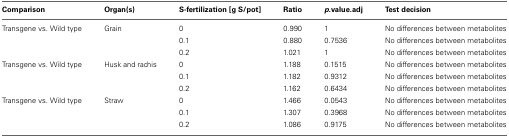
<table><thead><tr><td><b>Comparison</b></td><td><b>Organ(s)</b></td><td><b>S-fertilization [g S/pot]</b></td><td><b>Ratio</b></td><td><b><i>p</i>.value.adj</b></td><td><b>Test decision</b></td></tr></thead><tbody><tr><td>Transgene vs. Wild type</td><td>Grain</td><td>0</td><td>0.990</td><td>1</td><td>No differences between metabolites</td></tr><tr><td>[EMPTY_CELL]</td><td>[EMPTY_CELL]</td><td>0.1</td><td>0.880</td><td>0.7536</td><td>No differences between metabolites</td></tr><tr><td>[EMPTY_CELL]</td><td>[EMPTY_CELL]</td><td>0.2</td><td>1.021</td><td>1</td><td>No differences between metabolites</td></tr><tr><td>Transgene vs. Wild type</td><td>Husk and rachis</td><td>0</td><td>1.188</td><td>0.1515</td><td>No differences between metabolites</td></tr><tr><td>[EMPTY_CELL]</td><td>[EMPTY_CELL]</td><td>0.1</td><td>1.182</td><td>0.9312</td><td>No differences between metabolites</td></tr><tr><td>[EMPTY_CELL]</td><td>[EMPTY_CELL]</td><td>0.2</td><td>1.162</td><td>0.6434</td><td>No differences between metabolites</td></tr><tr><td>Transgene vs. Wild type</td><td>Straw</td><td>0</td><td>1.466</td><td>0.0543</td><td>No differences between metabolites</td></tr><tr><td>[EMPTY_CELL]</td><td>[EMPTY_CELL]</td><td>0.1</td><td>1.307</td><td>0.3968</td><td>No differences between metabolites</td></tr><tr><td>[EMPTY_CELL]</td><td>[EMPTY_CELL]</td><td>0.2</td><td>1.086</td><td>0.9175</td><td>No differences between metabolites</td></tr></tbody></table>